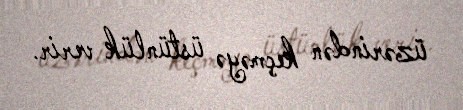
üzərindən keçməyə üstünlük verir.